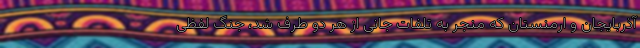
آذربایجان و ارمنستان که منجر به تلفات جانی از هر دو طرف شد، جنگ لفظی